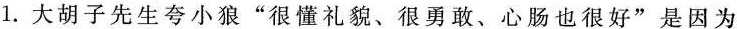
1.大胡子先生夸小狼”很懂礼貌、很勇敢、心肠也很好”是因为